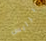
برايس